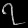
Digit: ၇